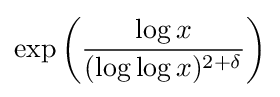
{\displaystyle \exp {\left({\frac {\log {x}}{(\log \log {x})^{2+\delta }}}\right)}}